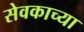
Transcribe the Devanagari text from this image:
सेवकाच्या